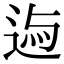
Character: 𨓃